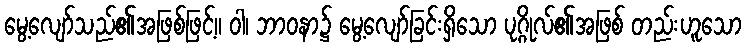
မွေ့လျော်သည်၏အဖြစ်ဖြင့်။ ဝါ၊ ဘာဝနာ၌ မွေ့လျော်ခြင်းရှိသော ပုဂ္ဂိုလ်၏အဖြစ် တည်းဟူသော